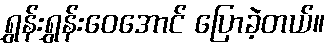
ရွှန်းရွှန်းဝေအောင် ပြောခဲ့တယ်။